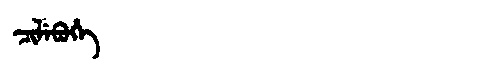
Manchu: ᠴᡳᠯᡝᠪᡠᡥᡝ
Romanization: CILEBUHE